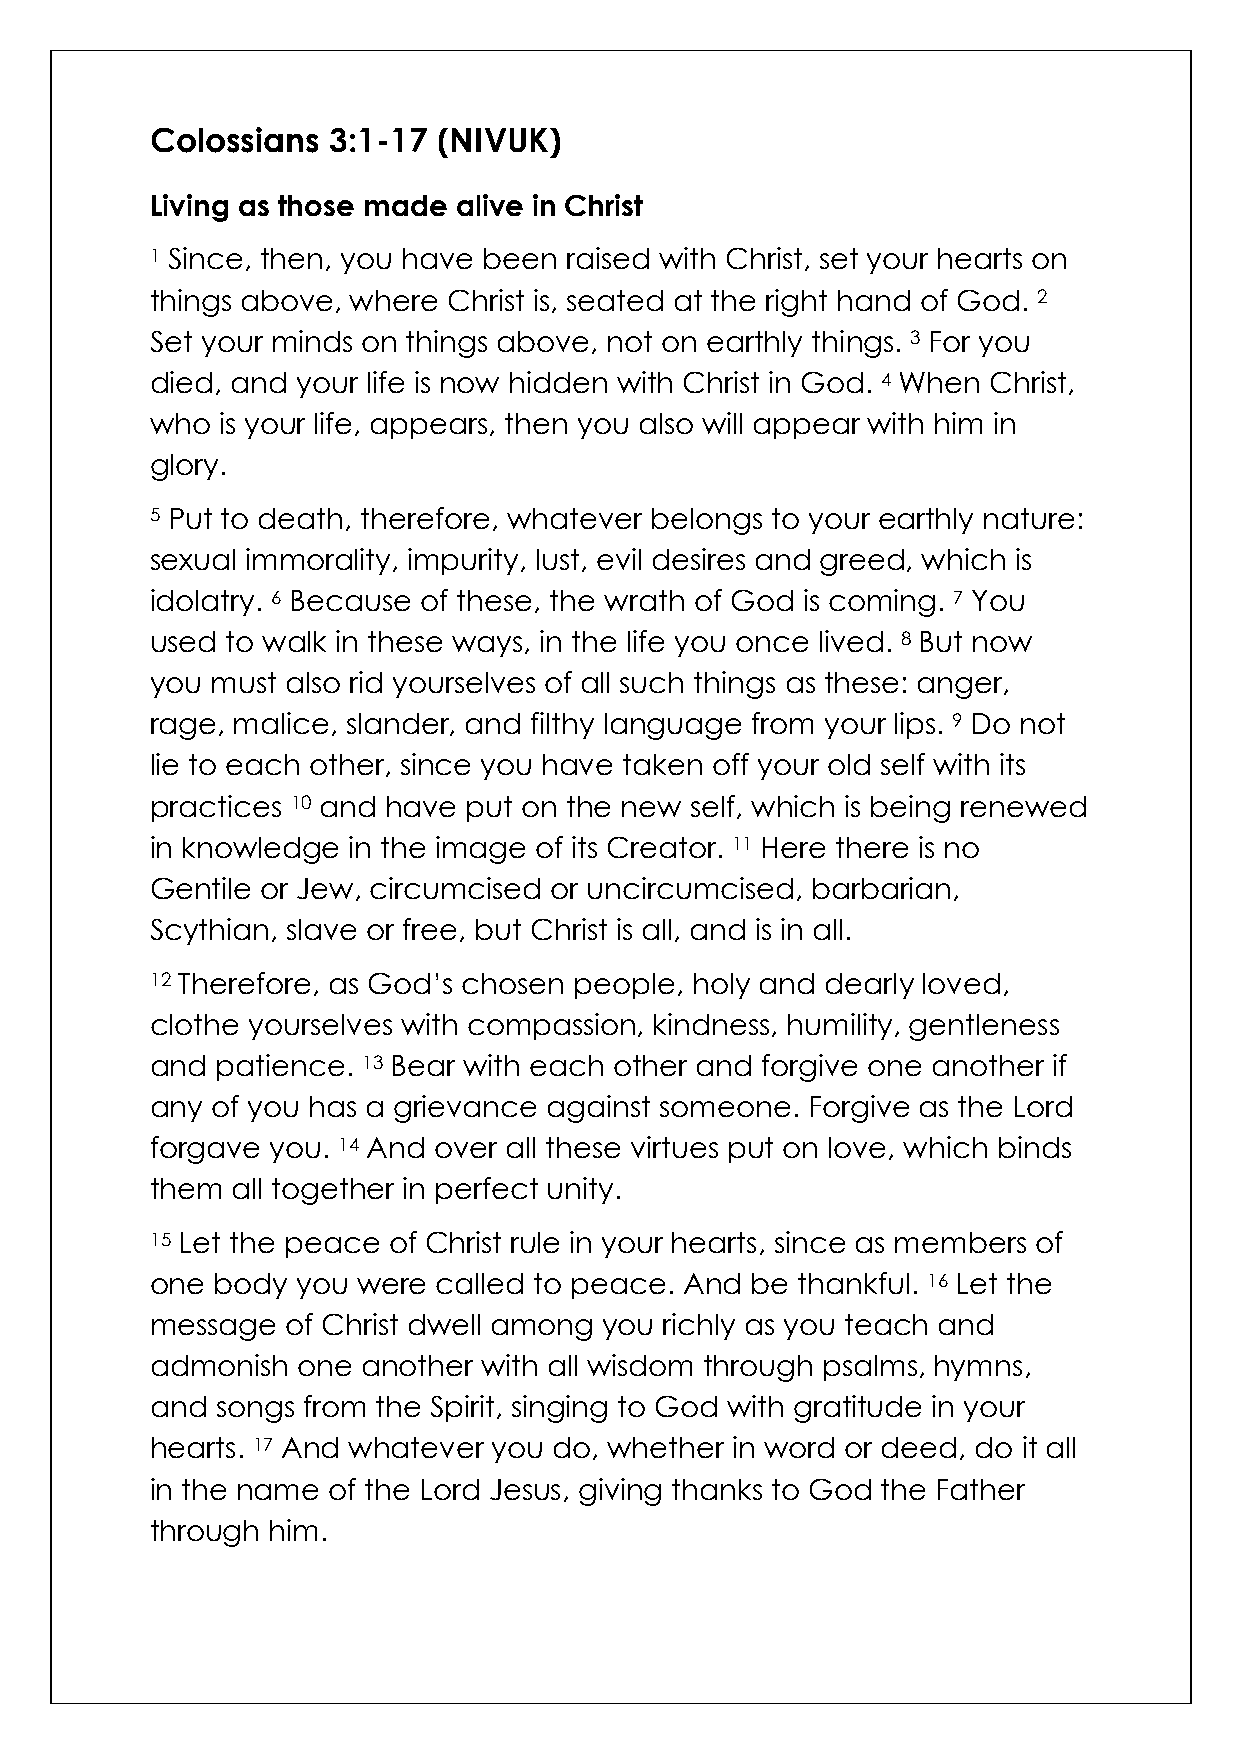
Colossians  3:1-17 (NIVUK)
 Living as those made alive in Christ
 1 Since, then, you have been raised with Christ, set your hearts on
 things above, where Christ is, seated at the right hand of God. 2
 Set your minds on things above, not on earthly things. 3 For you
 died, and your life is now hidden with Christ in God. 4 When Christ,
 who  is your life, appears, then you also will appear with him in
 glory.
 5 Put to death, therefore, whatever belongs to your earthly nature:
 sexual immorality, impurity, lust, evil desires and greed, which is
 idolatry. 6 Because of these, the wrath of God is coming. 7 You
 used to walk in these ways, in the life you once lived. 8 But now
 you must also rid yourselves of all such things as these: anger,
 rage, malice, slander, and filthy language from your lips. 9 Do not
 lie to each other, since you have taken off your old self with its
 practices 10 and have put on the new self, which is being renewed
 in knowledge in the image of its Creator. 11 Here there is no
 Gentile or Jew, circumcised or uncircumcised, barbarian,
 Scythian, slave or free, but Christ is all, and is in all.
 12 Therefore, as God’s chosen people, holy and dearly loved,
 clothe yourselves with compassion, kindness, humility, gentleness
 and patience. 13 Bear with each other and forgive one another if
 any of you has a grievance against someone. Forgive as the Lord
 forgave you. 14 And over all these virtues put on love, which binds
 them all together in perfect unity.
 15 Let the peace of Christ rule in your hearts, since as members of
 one body  you were called to peace. And be thankful. 16 Let the
 message  of Christ dwell among you richly as you teach and
 admonish  one another with all wisdom through psalms, hymns,
 and songs from the Spirit, singing to God with gratitude in your
 hearts. 17 And whatever you do, whether in word or deed, do it all
 in the name of the Lord Jesus, giving thanks to God the Father
 through him.